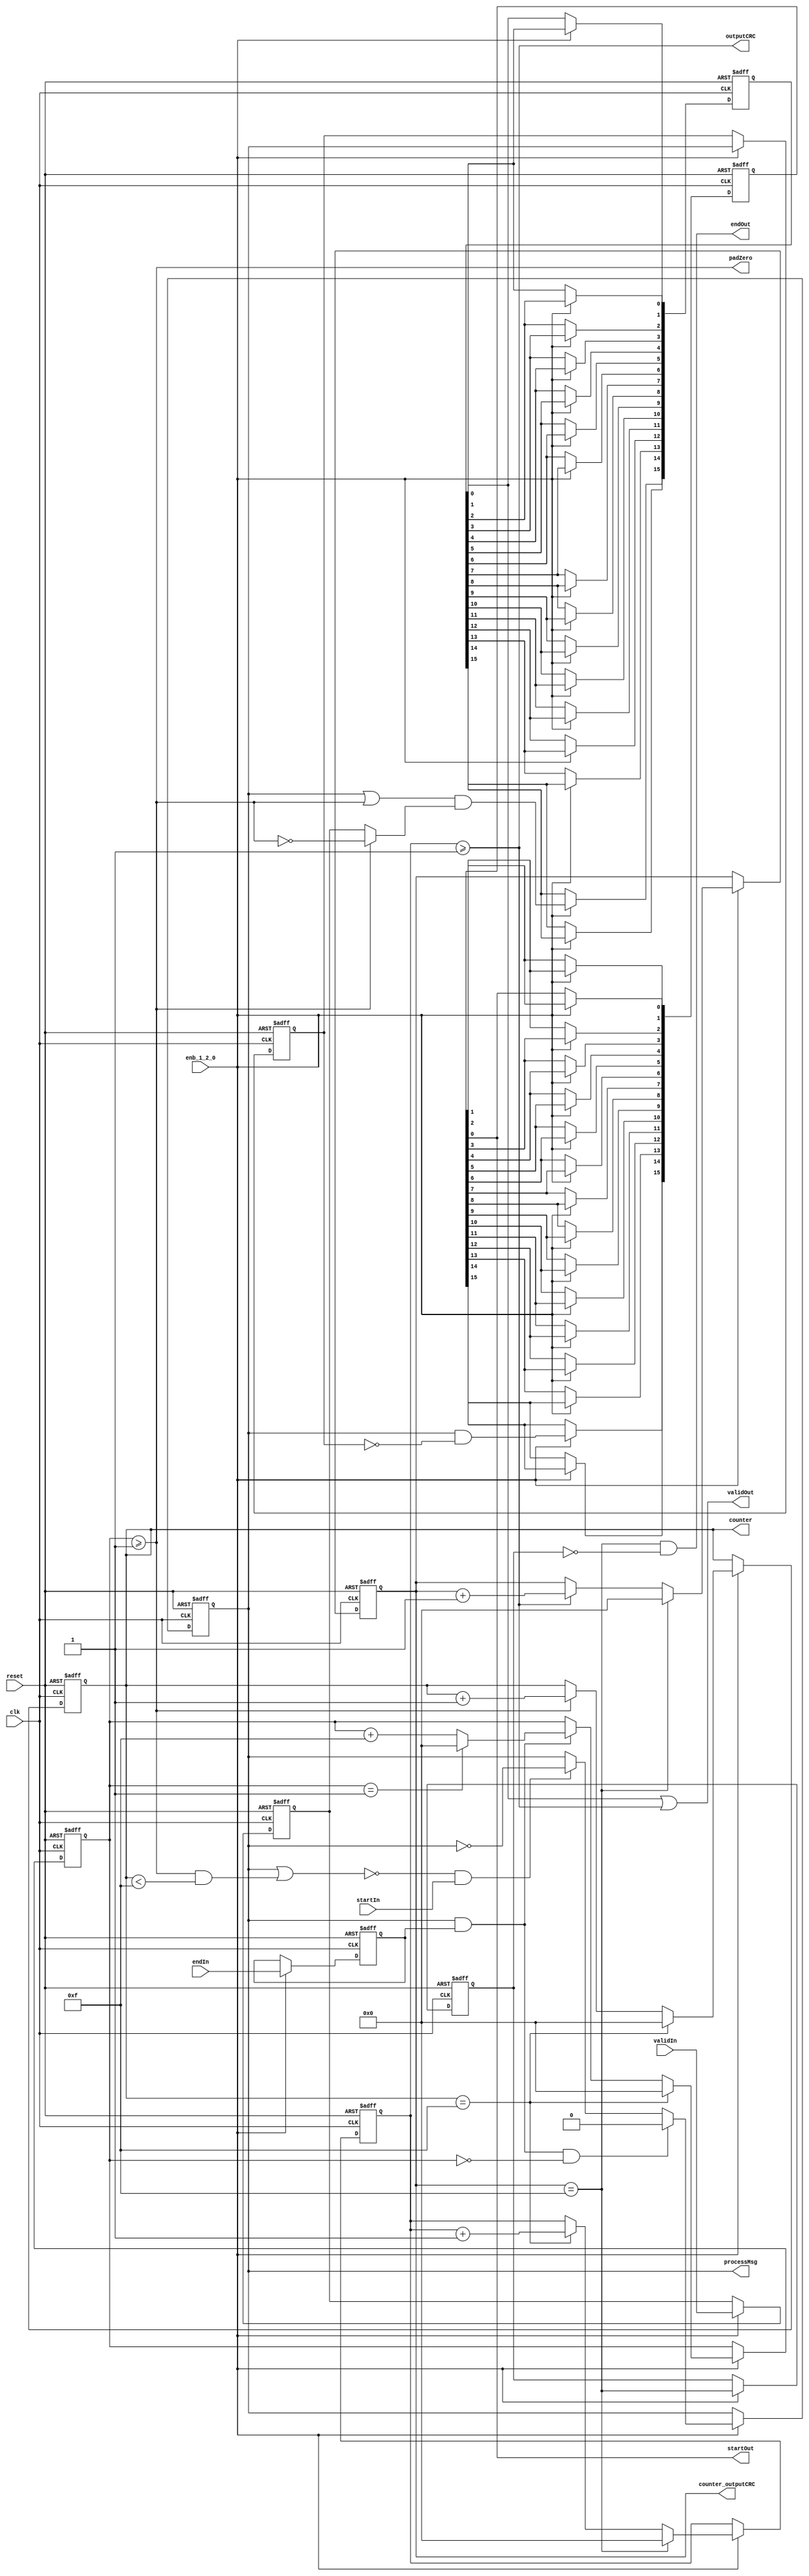
// -------------------------------------------------------------
// 
// 
// Generated by MATLAB 9.13 and HDL Coder 4.0
// 
// -------------------------------------------------------------


// -------------------------------------------------------------
// 
// Module: whdlOFDMTx_CRCGenControl_block
// Source Path: whdlOFDMTx/Frame Generator/Header/General CRC Generator HDL Optimized/CRCGenControl
// Hierarchy Level: 5
// 
// CRC Generator Control Signals Generation
// 
// -------------------------------------------------------------

`timescale 1 ns / 1 ns

module whdlOFDMTx_CRCGenControl_block
          (clk,
           reset,
           enb_1_2_0,
           startIn,
           endIn,
           validIn,
           startOut,
           processMsg,
           padZero,
           outputCRC,
           endOut,
           validOut,
           counter,
           counter_outputCRC);


  input   clk;
  input   reset;
  input   enb_1_2_0;
  input   startIn;  // ufix1
  input   endIn;  // ufix1
  input   validIn;  // ufix1
  output  startOut;  // ufix1
  output  processMsg;  // ufix1
  output  padZero;  // ufix1
  output  outputCRC;  // ufix1
  output  endOut;  // ufix1
  output  validOut;  // ufix1
  output  [3:0] counter;  // ufix4
  output  [3:0] counter_outputCRC;  // ufix4


  reg  deofin;  // ufix1
  reg [3:0] cnt3out;  // ufix4
  wire processzero_short;  // ufix1
  wire cnt3enb;  // ufix1
  wire tsysenb_short;  // ufix1
  wire tprocessMsg;  // ufix1
  wire sysenb_short;  // ufix1
  wire ready;  // ufix1
  wire cnt1enb;  // ufix1
  reg [3:0] cnt2out;  // ufix4
  wire cnt2rst;  // ufix1
  wire cnt2enb;  // ufix1
  wire compare_cmpOut;
  wire [3:0] cnt2fstout;  // ufix4
  wire cnt2fstout_is_not0;
  wire cnt1rst;  // ufix1
  reg  cnt1out;  // ufix1
  reg  dtprocessMsg;  // ufix1
  wire rdtprocessMsg;  // ufix1
  wire startout_1;  // ufix1
  reg  [0:15] sof_delay_register_reg;  // ufix1 [16]
  wire [0:15] sof_delay_register_reg_next;  // ufix1 [16]
  wire processzero;  // ufix1
  wire tpadZero;  // ufix1
  wire cnt4rst;  // ufix1
  wire cnt5enb;  // ufix1
  reg [3:0] cnt5out;  // ufix4
  reg [3:0] cnt4out;  // ufix4
  reg  dteofout;  // ufix1
  wire rdteofout;  // ufix1
  wire sysenb;  // ufix1
  reg  udvalidin;  // ufix1
  wire rcnt3enb;  // ufix1
  wire clearvalidin;  // ufix1
  wire tvalidout;  // ufix1
  reg  [0:15] tvalidout_delay_register_reg;  // ufix1 [16]
  wire [0:15] tvalidout_delay_register_reg_next;  // ufix1 [16]
  wire dvalidout;  // ufix1


  always @(posedge clk or posedge reset)
    begin : eofin_delay_register_process
      if (reset == 1'b1) begin
        deofin <= 1'b0;
      end
      else begin
        if (enb_1_2_0) begin
          deofin <= endIn;
        end
      end
    end



  assign processzero_short = cnt3out < 4'b1111;



  assign tsysenb_short = cnt3enb & processzero_short;



  assign sysenb_short = tprocessMsg | tsysenb_short;



  assign ready =  ~ sysenb_short;



  assign cnt1enb = ready & startIn;



  // Counter 3 enable signal
  assign cnt3enb = cnt2out >= 4'b0001;



  // Count limited, Unsigned Counter
  //  initial value   = 0
  //  step value      = 1
  //  count to value  = 15
  // Counter3: counts when start to pad zeros
  always @(posedge clk or posedge reset)
    begin : counter_1_process
      if (reset == 1'b1) begin
        cnt3out <= 4'b0000;
      end
      else begin
        if (enb_1_2_0) begin
          if (cnt2rst == 1'b1) begin
            cnt3out <= 4'b0000;
          end
          else if (cnt3enb == 1'b1) begin
            cnt3out <= cnt3out + 4'b0001;
          end
        end
      end
    end



  assign cnt2rst = cnt3out == 4'b1111;



  // Count limited, Unsigned Counter
  //  initial value   = 0
  //  step value      = 15
  //  count to value  = 1
  // Counter2: triggered by End of frame signal
  always @(posedge clk or posedge reset)
    begin : counter_2_process
      if (reset == 1'b1) begin
        cnt2out <= 4'b0000;
      end
      else begin
        if (enb_1_2_0) begin
          if (cnt2rst == 1'b1) begin
            cnt2out <= 4'b0000;
          end
          else if (cnt2enb == 1'b1) begin
            if (cnt2out == 4'b0001) begin
              cnt2out <= 4'b0000;
            end
            else begin
              cnt2out <= cnt2out + 4'b1111;
            end
          end
        end
      end
    end



  assign compare_cmpOut = cnt2out == 4'b0000;



  assign cnt2fstout = {3'b0, compare_cmpOut};



  assign cnt2fstout_is_not0 = cnt2fstout != 4'b0000;



  // Counter 2 enable signal
  assign cnt2enb = tprocessMsg & deofin;



  assign cnt1rst = cnt2enb & cnt2fstout_is_not0;



  // Count limited, Unsigned Counter
  //  initial value   = 0
  //  step value      = 1
  //  count to value  = 1
  // Counter1: triggered by Start of frame signal
  always @(posedge clk or posedge reset)
    begin : counter_3_process
      if (reset == 1'b1) begin
        cnt1out <= 1'b0;
      end
      else begin
        if (enb_1_2_0) begin
          if (cnt1rst == 1'b1) begin
            cnt1out <= 1'b0;
          end
          else if (cnt1enb == 1'b1) begin
            cnt1out <=  ~ cnt1out;
          end
        end
      end
    end



  assign tprocessMsg = cnt1out == 1'b1;



  always @(posedge clk or posedge reset)
    begin : tprocessMsg_delay_register_process
      if (reset == 1'b1) begin
        dtprocessMsg <= 1'b0;
      end
      else begin
        if (enb_1_2_0) begin
          dtprocessMsg <= tprocessMsg;
        end
      end
    end



  assign rdtprocessMsg =  ~ dtprocessMsg;



  assign startout_1 = tprocessMsg & rdtprocessMsg;



  // Start of frame output signal
  always @(posedge clk or posedge reset)
    begin : sof_delay_register_process
      if (reset == 1'b1) begin
        sof_delay_register_reg[0] <= 1'b0;
        sof_delay_register_reg[1] <= 1'b0;
        sof_delay_register_reg[2] <= 1'b0;
        sof_delay_register_reg[3] <= 1'b0;
        sof_delay_register_reg[4] <= 1'b0;
        sof_delay_register_reg[5] <= 1'b0;
        sof_delay_register_reg[6] <= 1'b0;
        sof_delay_register_reg[7] <= 1'b0;
        sof_delay_register_reg[8] <= 1'b0;
        sof_delay_register_reg[9] <= 1'b0;
        sof_delay_register_reg[10] <= 1'b0;
        sof_delay_register_reg[11] <= 1'b0;
        sof_delay_register_reg[12] <= 1'b0;
        sof_delay_register_reg[13] <= 1'b0;
        sof_delay_register_reg[14] <= 1'b0;
        sof_delay_register_reg[15] <= 1'b0;
      end
      else begin
        if (enb_1_2_0) begin
          sof_delay_register_reg[0] <= sof_delay_register_reg_next[0];
          sof_delay_register_reg[1] <= sof_delay_register_reg_next[1];
          sof_delay_register_reg[2] <= sof_delay_register_reg_next[2];
          sof_delay_register_reg[3] <= sof_delay_register_reg_next[3];
          sof_delay_register_reg[4] <= sof_delay_register_reg_next[4];
          sof_delay_register_reg[5] <= sof_delay_register_reg_next[5];
          sof_delay_register_reg[6] <= sof_delay_register_reg_next[6];
          sof_delay_register_reg[7] <= sof_delay_register_reg_next[7];
          sof_delay_register_reg[8] <= sof_delay_register_reg_next[8];
          sof_delay_register_reg[9] <= sof_delay_register_reg_next[9];
          sof_delay_register_reg[10] <= sof_delay_register_reg_next[10];
          sof_delay_register_reg[11] <= sof_delay_register_reg_next[11];
          sof_delay_register_reg[12] <= sof_delay_register_reg_next[12];
          sof_delay_register_reg[13] <= sof_delay_register_reg_next[13];
          sof_delay_register_reg[14] <= sof_delay_register_reg_next[14];
          sof_delay_register_reg[15] <= sof_delay_register_reg_next[15];
        end
      end
    end

  assign startOut = sof_delay_register_reg[15];
  assign sof_delay_register_reg_next[0] = startout_1;
  assign sof_delay_register_reg_next[1] = sof_delay_register_reg[0];
  assign sof_delay_register_reg_next[2] = sof_delay_register_reg[1];
  assign sof_delay_register_reg_next[3] = sof_delay_register_reg[2];
  assign sof_delay_register_reg_next[4] = sof_delay_register_reg[3];
  assign sof_delay_register_reg_next[5] = sof_delay_register_reg[4];
  assign sof_delay_register_reg_next[6] = sof_delay_register_reg[5];
  assign sof_delay_register_reg_next[7] = sof_delay_register_reg[6];
  assign sof_delay_register_reg_next[8] = sof_delay_register_reg[7];
  assign sof_delay_register_reg_next[9] = sof_delay_register_reg[8];
  assign sof_delay_register_reg_next[10] = sof_delay_register_reg[9];
  assign sof_delay_register_reg_next[11] = sof_delay_register_reg[10];
  assign sof_delay_register_reg_next[12] = sof_delay_register_reg[11];
  assign sof_delay_register_reg_next[13] = sof_delay_register_reg[12];
  assign sof_delay_register_reg_next[14] = sof_delay_register_reg[13];
  assign sof_delay_register_reg_next[15] = sof_delay_register_reg[14];



  // processMsg
  assign processMsg = tprocessMsg;



  assign processzero = 1'b1;



  assign tpadZero = cnt3enb & processzero;



  // padZero
  assign padZero = tpadZero;



  // Count limited, Unsigned Counter
  //  initial value   = 0
  //  step value      = 1
  //  count to value  = 15
  // Counter5: counts when start to output CRC
  always @(posedge clk or posedge reset)
    begin : counter_4_process
      if (reset == 1'b1) begin
        cnt5out <= 4'b0000;
      end
      else begin
        if (enb_1_2_0) begin
          if (cnt4rst == 1'b1) begin
            cnt5out <= 4'b0000;
          end
          else if (cnt5enb == 1'b1) begin
            cnt5out <= cnt5out + 4'b0001;
          end
        end
      end
    end



  assign cnt4rst = cnt5out == 4'b1111;



  // Count limited, Unsigned Counter
  //  initial value   = 0
  //  step value      = 1
  //  count to value  = 15
  // Counter4: triggered after processing all the padded zeros
  always @(posedge clk or posedge reset)
    begin : counter_5_process
      if (reset == 1'b1) begin
        cnt4out <= 4'b0000;
      end
      else begin
        if (enb_1_2_0) begin
          if (cnt4rst == 1'b1) begin
            cnt4out <= 4'b0000;
          end
          else if (cnt2rst == 1'b1) begin
            cnt4out <= cnt4out + 4'b0001;
          end
        end
      end
    end



  // Counter 5 enable signal
  assign cnt5enb = cnt4out >= 4'b0001;



  // outputCRC
  assign outputCRC = cnt5enb;



  always @(posedge clk or posedge reset)
    begin : eofout_delay_register_process
      if (reset == 1'b1) begin
        dteofout <= 1'b0;
      end
      else begin
        if (enb_1_2_0) begin
          dteofout <= cnt4rst;
        end
      end
    end



  assign rdteofout =  ~ dteofout;



  // End of frame output signal
  assign endOut = cnt4rst & rdteofout;



  assign sysenb = tprocessMsg | tpadZero;



  always @(posedge clk or posedge reset)
    begin : validin_unitdelay_register_process
      if (reset == 1'b1) begin
        udvalidin <= 1'b0;
      end
      else begin
        if (enb_1_2_0) begin
          udvalidin <= validIn;
        end
      end
    end



  assign rcnt3enb =  ~ cnt3enb;



  assign clearvalidin = (cnt3enb == 1'b0 ? udvalidin :
              rcnt3enb);



  assign tvalidout = sysenb & clearvalidin;



  // Buffer the validIn signal
  always @(posedge clk or posedge reset)
    begin : tvalidout_delay_register_process
      if (reset == 1'b1) begin
        tvalidout_delay_register_reg[0] <= 1'b0;
        tvalidout_delay_register_reg[1] <= 1'b0;
        tvalidout_delay_register_reg[2] <= 1'b0;
        tvalidout_delay_register_reg[3] <= 1'b0;
        tvalidout_delay_register_reg[4] <= 1'b0;
        tvalidout_delay_register_reg[5] <= 1'b0;
        tvalidout_delay_register_reg[6] <= 1'b0;
        tvalidout_delay_register_reg[7] <= 1'b0;
        tvalidout_delay_register_reg[8] <= 1'b0;
        tvalidout_delay_register_reg[9] <= 1'b0;
        tvalidout_delay_register_reg[10] <= 1'b0;
        tvalidout_delay_register_reg[11] <= 1'b0;
        tvalidout_delay_register_reg[12] <= 1'b0;
        tvalidout_delay_register_reg[13] <= 1'b0;
        tvalidout_delay_register_reg[14] <= 1'b0;
        tvalidout_delay_register_reg[15] <= 1'b0;
      end
      else begin
        if (enb_1_2_0) begin
          tvalidout_delay_register_reg[0] <= tvalidout_delay_register_reg_next[0];
          tvalidout_delay_register_reg[1] <= tvalidout_delay_register_reg_next[1];
          tvalidout_delay_register_reg[2] <= tvalidout_delay_register_reg_next[2];
          tvalidout_delay_register_reg[3] <= tvalidout_delay_register_reg_next[3];
          tvalidout_delay_register_reg[4] <= tvalidout_delay_register_reg_next[4];
          tvalidout_delay_register_reg[5] <= tvalidout_delay_register_reg_next[5];
          tvalidout_delay_register_reg[6] <= tvalidout_delay_register_reg_next[6];
          tvalidout_delay_register_reg[7] <= tvalidout_delay_register_reg_next[7];
          tvalidout_delay_register_reg[8] <= tvalidout_delay_register_reg_next[8];
          tvalidout_delay_register_reg[9] <= tvalidout_delay_register_reg_next[9];
          tvalidout_delay_register_reg[10] <= tvalidout_delay_register_reg_next[10];
          tvalidout_delay_register_reg[11] <= tvalidout_delay_register_reg_next[11];
          tvalidout_delay_register_reg[12] <= tvalidout_delay_register_reg_next[12];
          tvalidout_delay_register_reg[13] <= tvalidout_delay_register_reg_next[13];
          tvalidout_delay_register_reg[14] <= tvalidout_delay_register_reg_next[14];
          tvalidout_delay_register_reg[15] <= tvalidout_delay_register_reg_next[15];
        end
      end
    end

  assign dvalidout = tvalidout_delay_register_reg[15];
  assign tvalidout_delay_register_reg_next[0] = tvalidout;
  assign tvalidout_delay_register_reg_next[1] = tvalidout_delay_register_reg[0];
  assign tvalidout_delay_register_reg_next[2] = tvalidout_delay_register_reg[1];
  assign tvalidout_delay_register_reg_next[3] = tvalidout_delay_register_reg[2];
  assign tvalidout_delay_register_reg_next[4] = tvalidout_delay_register_reg[3];
  assign tvalidout_delay_register_reg_next[5] = tvalidout_delay_register_reg[4];
  assign tvalidout_delay_register_reg_next[6] = tvalidout_delay_register_reg[5];
  assign tvalidout_delay_register_reg_next[7] = tvalidout_delay_register_reg[6];
  assign tvalidout_delay_register_reg_next[8] = tvalidout_delay_register_reg[7];
  assign tvalidout_delay_register_reg_next[9] = tvalidout_delay_register_reg[8];
  assign tvalidout_delay_register_reg_next[10] = tvalidout_delay_register_reg[9];
  assign tvalidout_delay_register_reg_next[11] = tvalidout_delay_register_reg[10];
  assign tvalidout_delay_register_reg_next[12] = tvalidout_delay_register_reg[11];
  assign tvalidout_delay_register_reg_next[13] = tvalidout_delay_register_reg[12];
  assign tvalidout_delay_register_reg_next[14] = tvalidout_delay_register_reg[13];
  assign tvalidout_delay_register_reg_next[15] = tvalidout_delay_register_reg[14];



  // Data valid output
  assign validOut = dvalidout | cnt5enb;



  assign counter = cnt3out;

  assign counter_outputCRC = cnt5out;

endmodule  // whdlOFDMTx_CRCGenControl_block